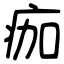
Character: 痂